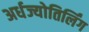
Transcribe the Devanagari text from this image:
अर्धज्योतिर्लिंग